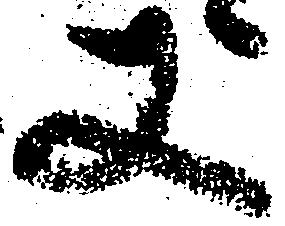
又